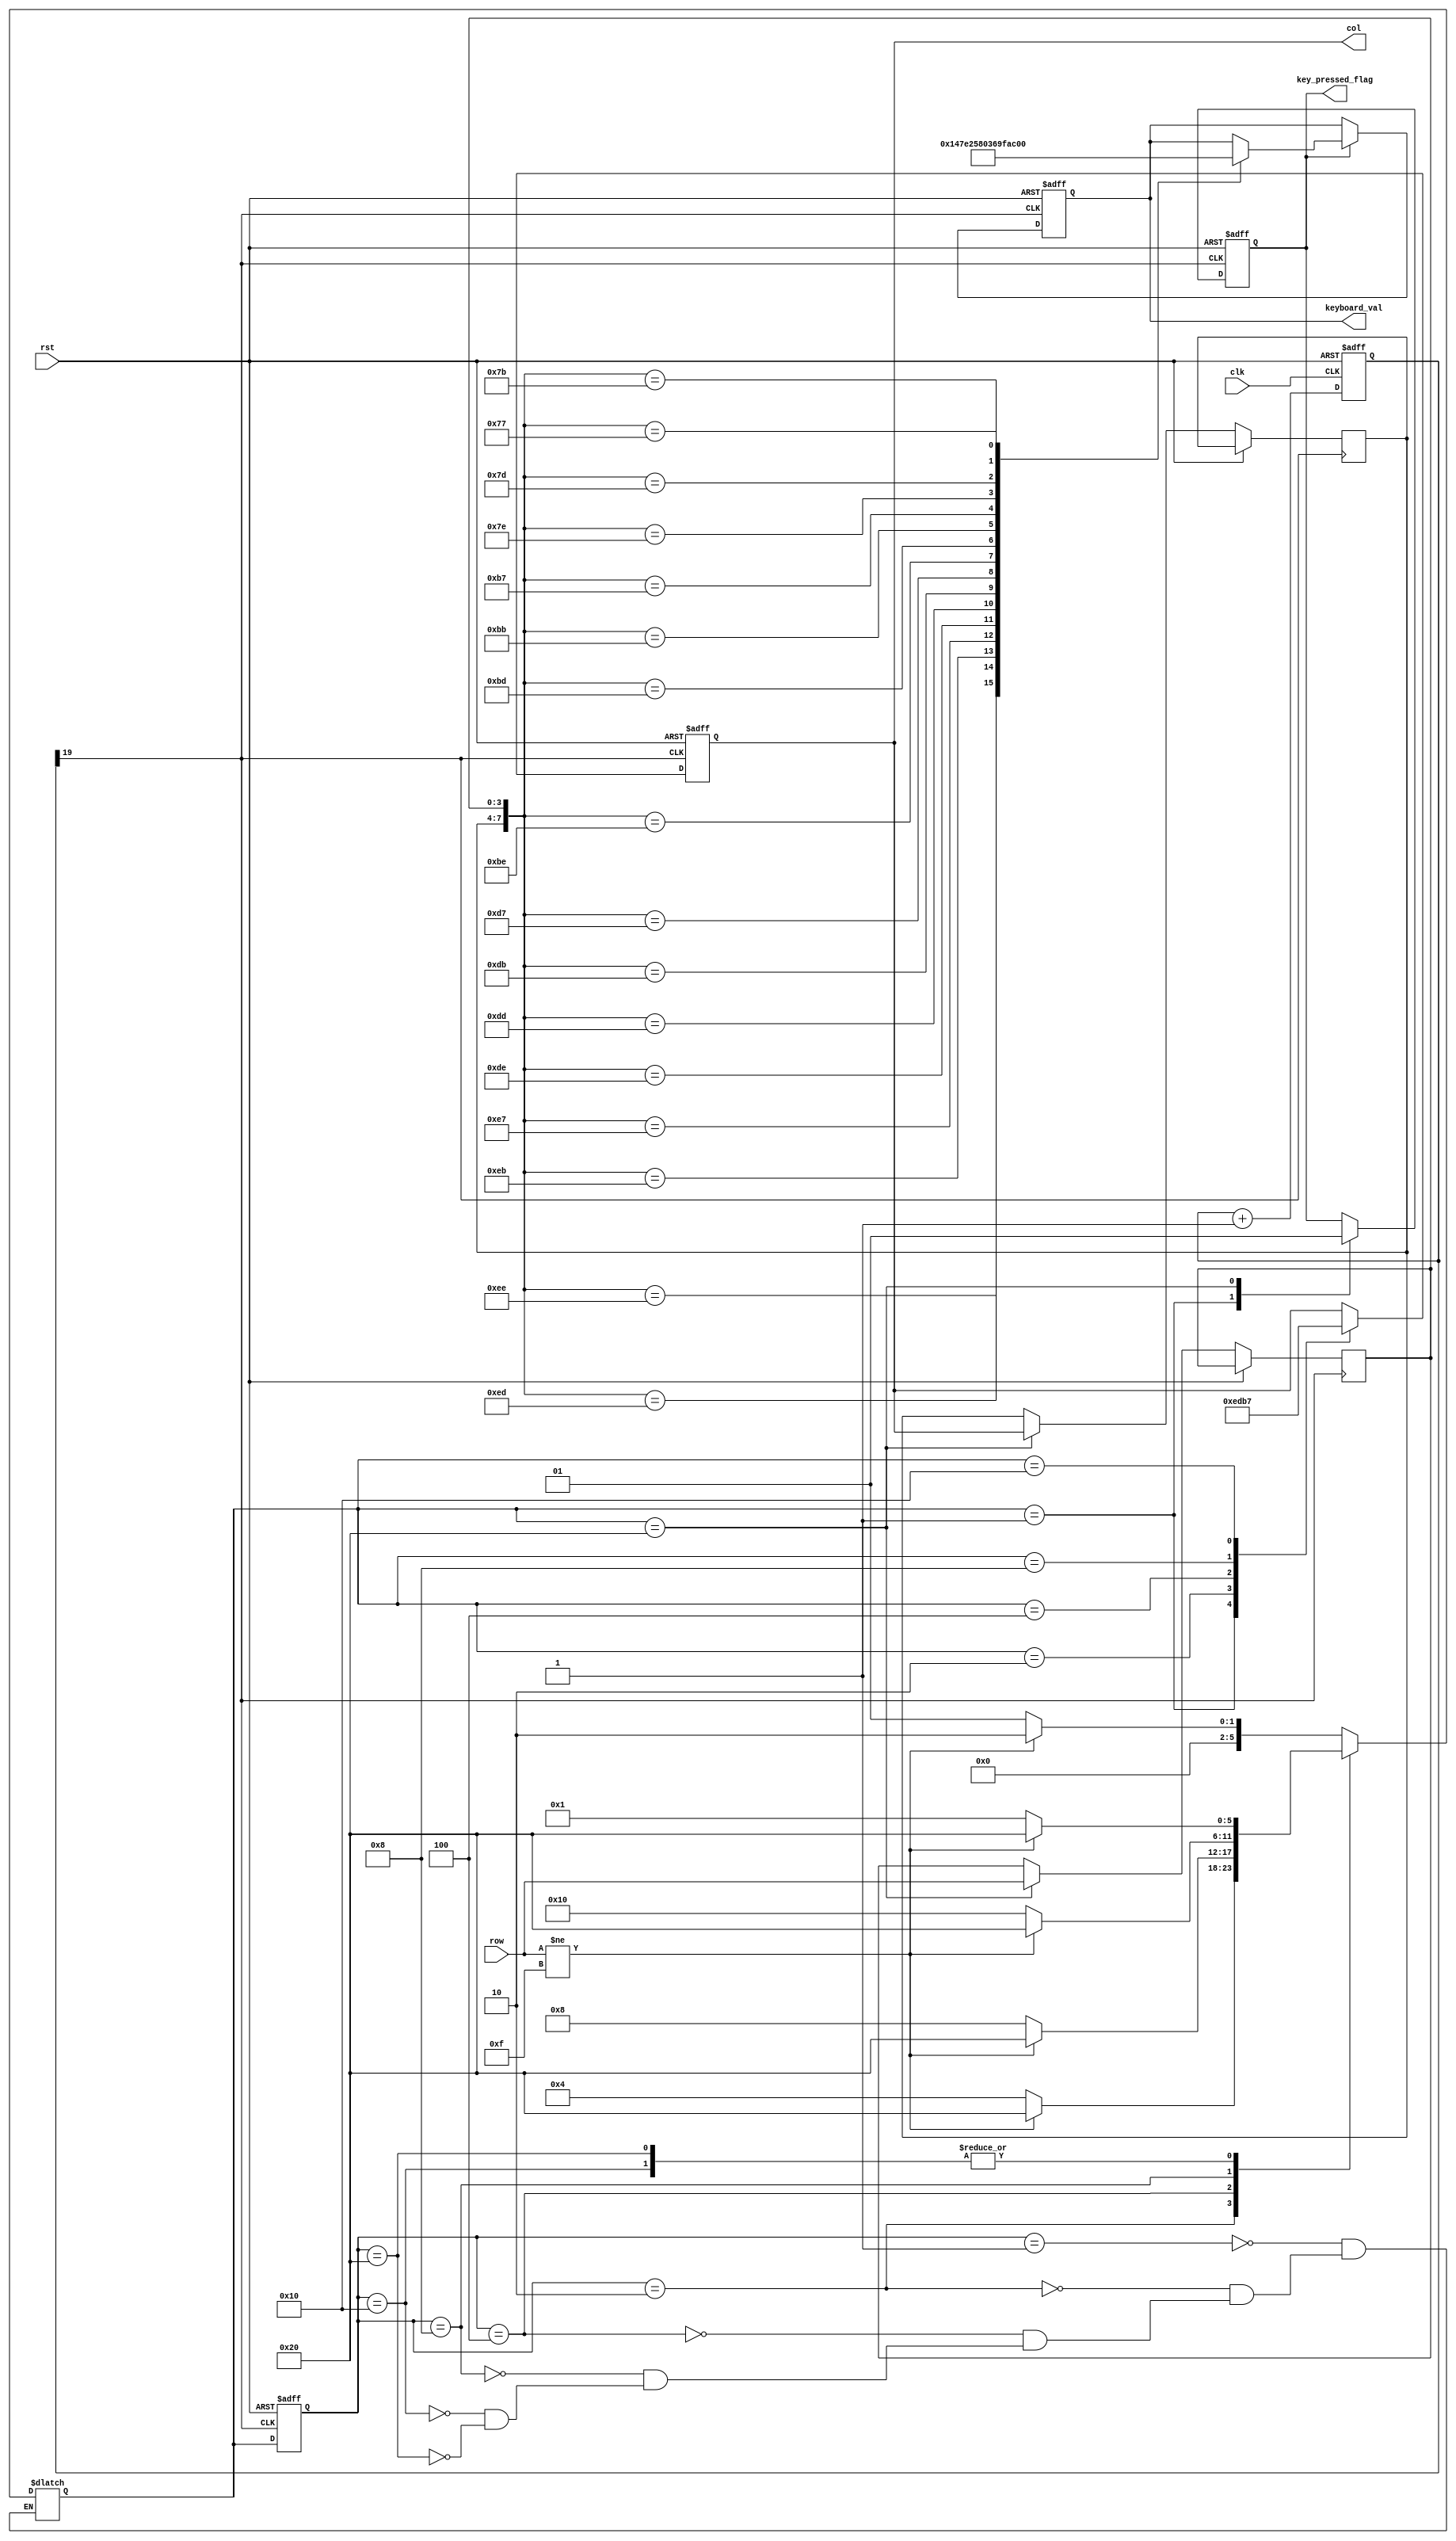
`timescale 1ns / 1ps
//////////////////////////////////////////////////////////////////////////////////
// Company: 
// Engineer: 
// 
// Design Name: 
// Module Name: key_top
// Project Name: 
// Target Devices: 
// Tool Versions: 
// Description: 
// 
// Dependencies: 
// 
// Revision:
// Revision 0.01 - File Created
// Additional Comments:
// 
//////////////////////////////////////////////////////////////////////////////////


module keyboard(
  input           clk,
  input           rst,
  input      [3:0] row,
  output reg [3:0] col,
  output reg [3:0] keyboard_val,
  output reg key_pressed_flag
);

reg [19:0] cnt;                   
wire key_clk;
 
always @ (posedge clk or posedge rst) begin
  if (rst)
    cnt <= 0;
  else
    cnt <= cnt + 1'b1;
end
    
assign key_clk = cnt[19];                // (2^20/50M = 21)ms 

parameter NO_KEY_PRESSED = 6'b000_001; 
parameter SCAN_COL0      = 6'b000_010;  
parameter SCAN_COL1      = 6'b000_100; 
parameter SCAN_COL2      = 6'b001_000; 
parameter SCAN_COL3      = 6'b010_000;  
parameter KEY_PRESSED    = 6'b100_000; 

reg [5:0] current_state, next_state;   
 
always @ (posedge key_clk or posedge rst)
  if (rst)
    current_state <= NO_KEY_PRESSED;
  else
    current_state <= next_state;
 
always @ (*)
  case (current_state)
    NO_KEY_PRESSED :                 
        if (row != 4'hF)
          next_state = SCAN_COL0;
        else
          next_state = NO_KEY_PRESSED;
    SCAN_COL0 :                    
        if (row != 4'hF)
          next_state = KEY_PRESSED;
        else
          next_state = SCAN_COL1;
    SCAN_COL1 :                       
        if (row != 4'hF)
          next_state = KEY_PRESSED;
        else
          next_state = SCAN_COL2;    
    SCAN_COL2 :                
        if (row != 4'hF)
          next_state = KEY_PRESSED;
        else
          next_state = SCAN_COL3;
    SCAN_COL3 :                      
        if (row != 4'hF)
          next_state = KEY_PRESSED;
        else
          next_state = NO_KEY_PRESSED;
    KEY_PRESSED :                  
        if (row != 4'hF)
          next_state = KEY_PRESSED;
        else
          next_state = NO_KEY_PRESSED;                      
  endcase
            
reg [3:0] col_val, row_val;          
 
always @ (posedge key_clk or posedge rst)
  if (rst)
  begin
    col              <= 4'h0;
    key_pressed_flag <=    0;
  end
  else
    case (next_state)
      NO_KEY_PRESSED :               
      begin
        col              <= 4'h0;
        key_pressed_flag <=    0;   
      end
      SCAN_COL0 :                      
        col <= 4'b1110;
      SCAN_COL1 :                   
        col <= 4'b1101;
      SCAN_COL2 :                     
        col <= 4'b1011;
      SCAN_COL3 :                      
        col <= 4'b0111;
      KEY_PRESSED :                   
      begin
        col_val          <= col;       
        row_val          <= row;     
        key_pressed_flag <= 1;        
      end
    endcase
 
always @ (posedge key_clk or posedge rst)
  if (rst)
    keyboard_val <= 4'h0;
  else
    if (key_pressed_flag)
      case ({col_val, row_val})
        8'b1110_1110 : keyboard_val <= 4'h1;
        8'b1110_1101 : keyboard_val <= 4'h4;
        8'b1110_1011 : keyboard_val <= 4'h7;
        8'b1110_0111 : keyboard_val <= 4'hE;
         
        8'b1101_1110 : keyboard_val <= 4'h2;
        8'b1101_1101 : keyboard_val <= 4'h5;
        8'b1101_1011 : keyboard_val <= 4'h8;
        8'b1101_0111 : keyboard_val <= 4'h0;
         
        8'b1011_1110 : keyboard_val <= 4'h3;
        8'b1011_1101 : keyboard_val <= 4'h6;
        8'b1011_1011 : keyboard_val <= 4'h9;
        8'b1011_0111 : keyboard_val <= 4'hF;
         
        8'b0111_1110 : keyboard_val <= 4'hA; 
        8'b0111_1101 : keyboard_val <= 4'hB;
        8'b0111_1011 : keyboard_val <= 4'hC;
        8'b0111_0111 : keyboard_val <= 4'hD;        
      endcase

//     vio_0 your_instance_name (
//  .clk(clk),                // input wire clk
//  .probe_out0(seg_out)  // output wire [7 : 0] probe_out0
//);
endmodule